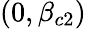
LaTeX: (0,\beta_{c2})